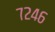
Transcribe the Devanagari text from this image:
७२४६